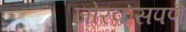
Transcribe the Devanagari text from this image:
जोरकसपणॆ